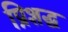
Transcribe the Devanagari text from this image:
प्रिशद्ध